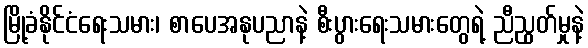
မြို့ခံနိုင်ငံရေးသမား၊ စာပေအနုပညာနဲ့ စီးပွားရေးသမားတွေရဲ့ ညီညွတ်မှုနဲ့